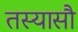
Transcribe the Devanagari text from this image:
तस्यासौ